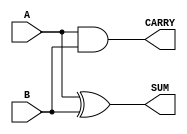
module half_adder #(
    parameter WIDTH = 1
)(
    input  wire [WIDTH-1:0] A,  // Input A
    input  wire [WIDTH-1:0] B,  // Input B
    output wire [WIDTH-1:0] SUM, // Sum output
    output wire [WIDTH-1:0] CARRY // Carry output
);

    // Sum is calculated using XOR operation
    assign SUM = A ^ B;

    // Carry is calculated using AND operation
    assign CARRY = A & B;

endmodule